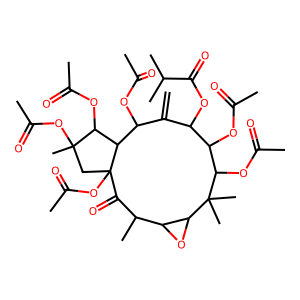
SMILES: C=C1C(OC(=O)C(C)C)C(OC(C)=O)C(OC(C)=O)C(C)(C)C2OC2C(C)C(=O)C2(OC(C)=O)CC(C)(OC(C)=O)C(OC(C)=O)C2C1OC(C)=O
Inhibits HIV replication: No